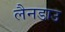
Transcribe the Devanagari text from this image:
लैनडाउ